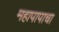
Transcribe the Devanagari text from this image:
महापापाचा